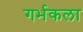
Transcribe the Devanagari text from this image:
गर्भकला